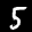
Label: 5